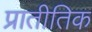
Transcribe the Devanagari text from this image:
प्रातीतिक